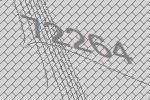
72264